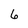
Character: 6